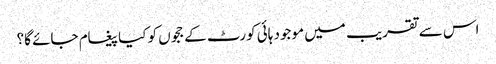
اس سے تقریب میں موجود ہائی کورٹ کے ججوں کو کیا پیغام جائے گا؟